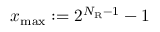
x _ { \mathrm { m a x } } : = 2 ^ { N _ { \mathrm { R } } - 1 } - 1